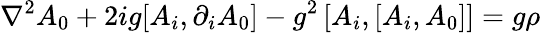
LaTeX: \nabla^{2}A_{0}+2ig[A_{i},\partial_{i}A_{0}]-g^{2}\left[A_{i},[A_{i},A_{0}]\right]=g\rho